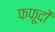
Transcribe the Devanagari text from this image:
फफूदों